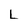
Character: L